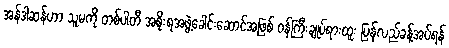
အန်ဒါဆန်ဟာ သူမကို တစ်ပါတီ အစိုးရအဖွဲ့ခေါင်းဆောင်အဖြစ် ဝန်ကြီးချုပ်ရားထူး ပြန်လည်ခန့်အပ်ရန်